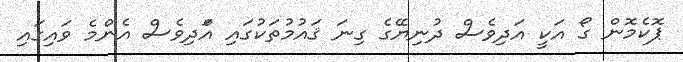
ޕޮކެމޮން ގޯ އަކީ އަދިވެސް ދުނިޔޭގެ ގިނަ ޤައުމުތަކުގައި އްަދިވެސް އެންމެ ވައިގައި